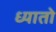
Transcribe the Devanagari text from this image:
ध्यातो